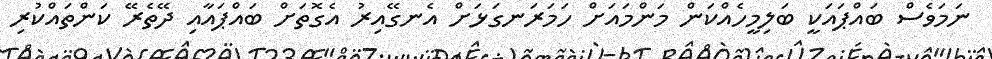
ނަމަވެސް ބައްޕައަކީ ބަލިމީހެއްކަން މަންމައަށް ހަމަރަނގަޅަށް އެނގޭއިރު އެގޮތަށް ބައްޕައާއި ދޭތެރޭ ކަންތައްކުރި